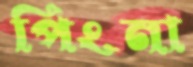
পিংনা